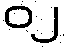
၀၂